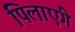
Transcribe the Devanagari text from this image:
पिलाएंगे